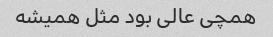
همچی عالی بود مثل همیشه